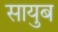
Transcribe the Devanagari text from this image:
सायुब